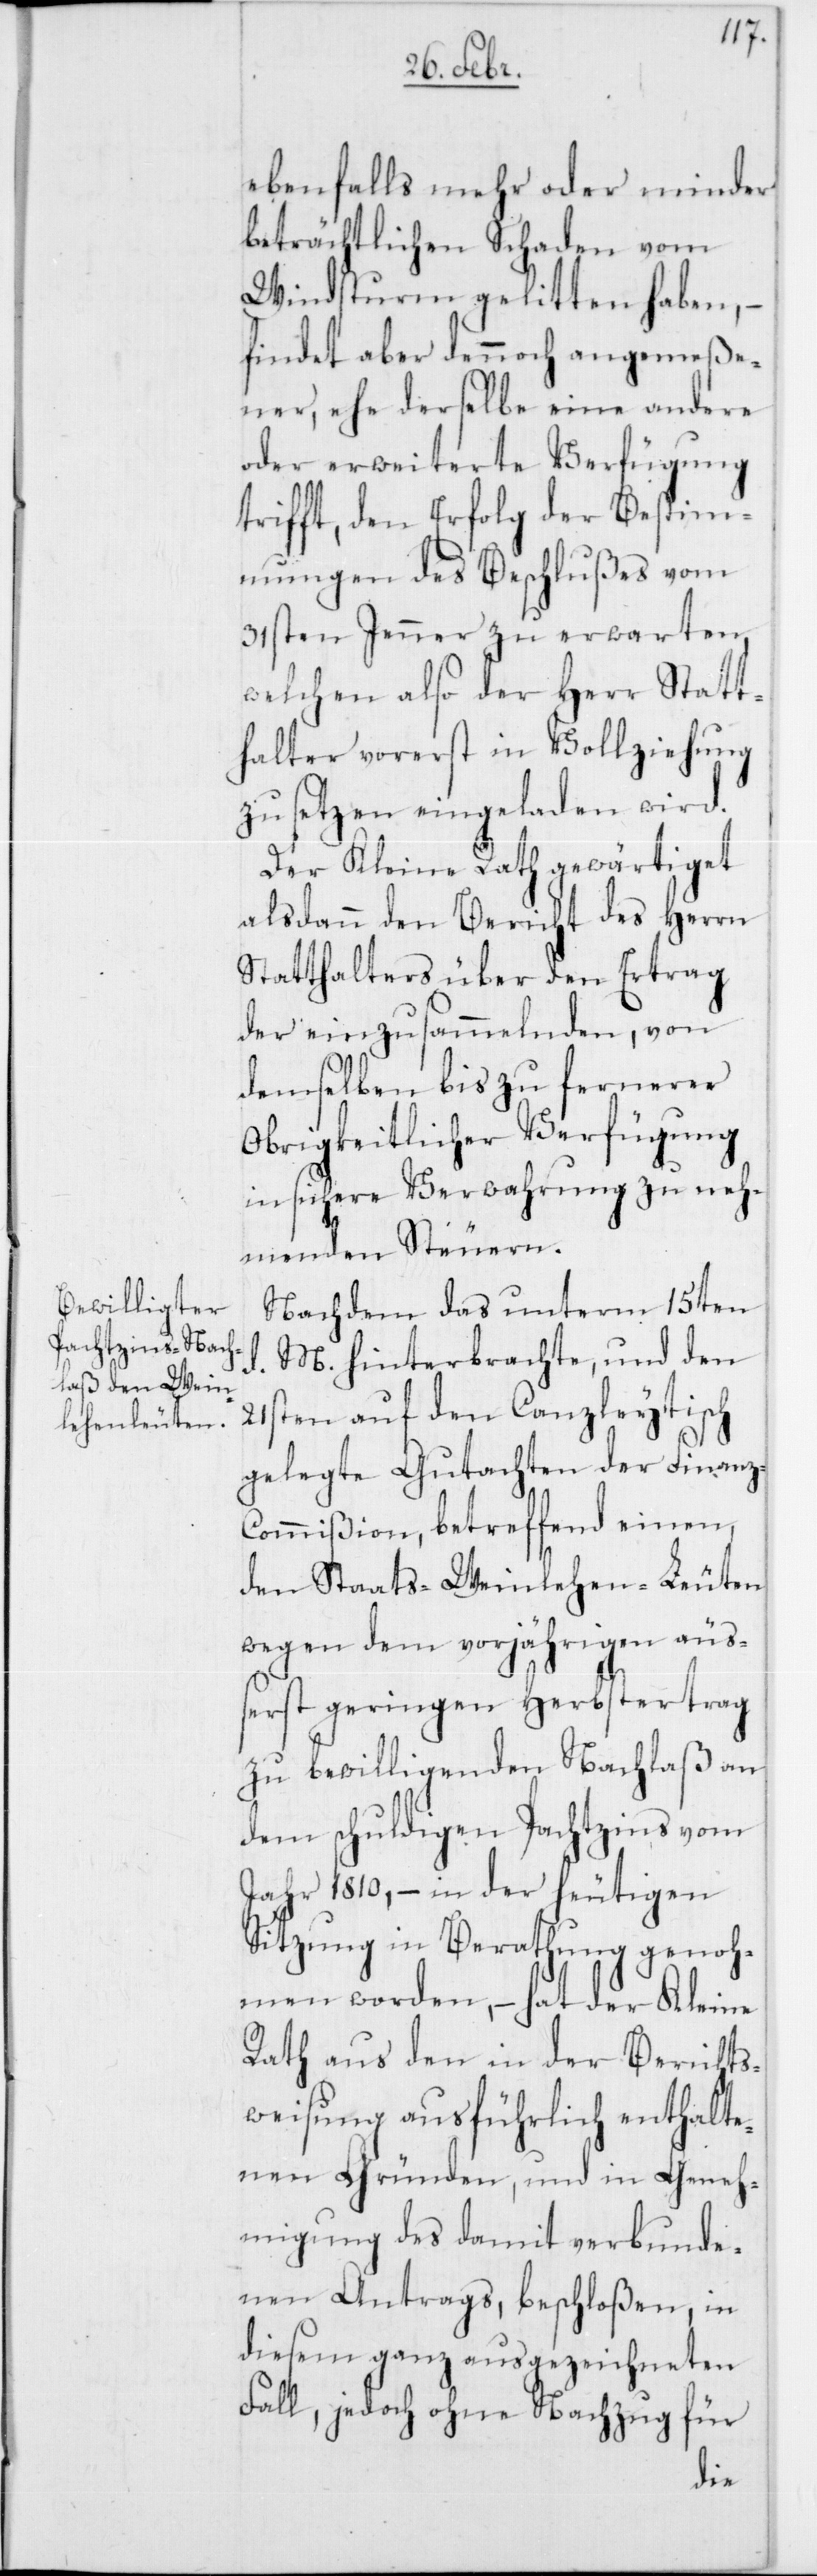
ebenfalls mehr oder minder
beträchtlichen Schaden vom
Windsturm gelitten haben, –
findet aber dennoch angemeße¬
ner, ehe derselbe eine andere
oder erweiterte Verfügung
trifft, den Erfolg der Bestim¬
mungen des Beschlußes vom
31sten Jenner zu erwarten,
welchen also der Herr Statt¬
halter vorerst in Vollziehung
zu setzen eingeladen wird.
Der Kleine Rath gewärtiget
alsdann den Bericht des Herrn
Statthalters über den Ertrag
der einzusammelnden, von
demselben bis zu fernerer
Obrigkeitlicher Verfügung
in sichere Verwahrung zu neh¬
menden Steuern.
Nachdem das unterm 15ten
M. hinterbrachte, und den
21sten auf den Canzleytisch
gelegte Gutachten der Finan¬
z-Commißion, betreffend einen,
den Staats-Weinlehen-Leuten
wegen dem vorjährigen äuß¬
erst geringen Herbstertrag
zu bewilligenden Nachlaß an
dem schuldigen Pachtzins vom
Jahr 1810., – in der heutigen
Sitzung in Berathung genoh¬
men worden, – hat der Kleine
Rath aus den in der Berichts¬
weisung ausführlich enthalte¬
nen Gründen, und in Geneh¬
migung des damit verbunde¬
nen Antrags, beschloßen, in
diesem ganz ausgezeichneten
Fall, jedoch ohne Nachzug für